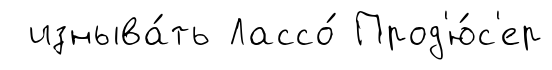
изныва́ть Лассо́ Прод'ю́с'ер